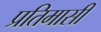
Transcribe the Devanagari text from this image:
प्रतिमासी